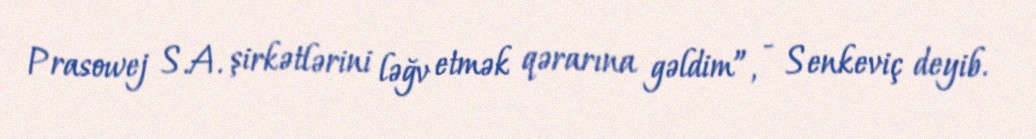
Prasowej S.A. şirkətlərini ləğv etmək qərarına gəldim”, - Senkeviç deyib.